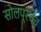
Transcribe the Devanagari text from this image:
सोलपूरचेच